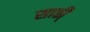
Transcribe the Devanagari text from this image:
साठी्